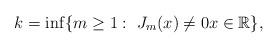
LaTeX: \begin{align*}k=\inf\{m\ge 1:~J_m(x)\neq 0 x\in\mathbb{R}\},\end{align*}